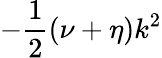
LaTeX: -\frac{1}{2}(\nu+\eta)k^{2}